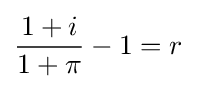
{\frac {1+i}{1+\pi }}-1=r